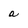
Character: a